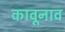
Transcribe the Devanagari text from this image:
कावूनाव